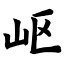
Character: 岖